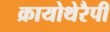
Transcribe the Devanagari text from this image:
क्रायोथेरैपी